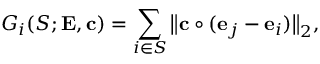
G _ { i } ( S ; { \mathbf { E } } , { \mathbf { c } } ) = \sum _ { i \in { S } } \big \| { \mathbf { c } } \circ ( { \mathbf { e } } _ { j } - { \mathbf { e } } _ { i } ) \big \| _ { 2 } ,